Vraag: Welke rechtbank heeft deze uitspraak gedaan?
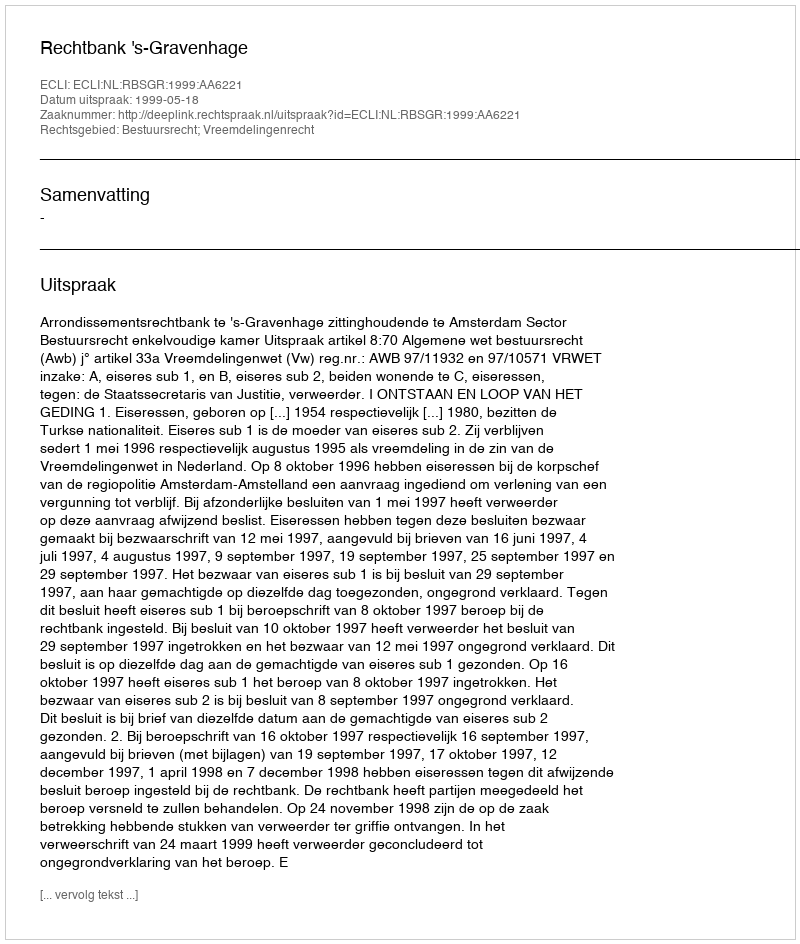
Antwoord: Rechtbank 's-Gravenhage